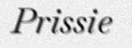
Prissie